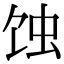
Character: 蚀